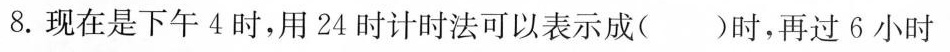
8.现在是下午4时，用24时计时法可以表示成()时，再过6小时